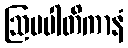
ဩပပါတိကာနံ